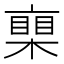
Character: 𣚏